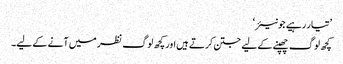
’تیار رہیے جونیئر‘
کچھ لوگ چھپنے کے لیے جتن کرتے ہیں اور کچھ لوگ نظر میں آنے کے لیے۔